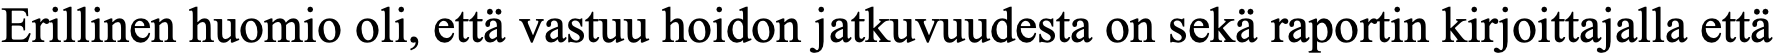
Erillinen huomio oli, että vastuu hoidon jatkuvuudesta on sekä raportin kirjoittajalla että